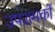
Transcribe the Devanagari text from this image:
उपशमकों